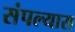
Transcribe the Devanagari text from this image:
संपल्यास